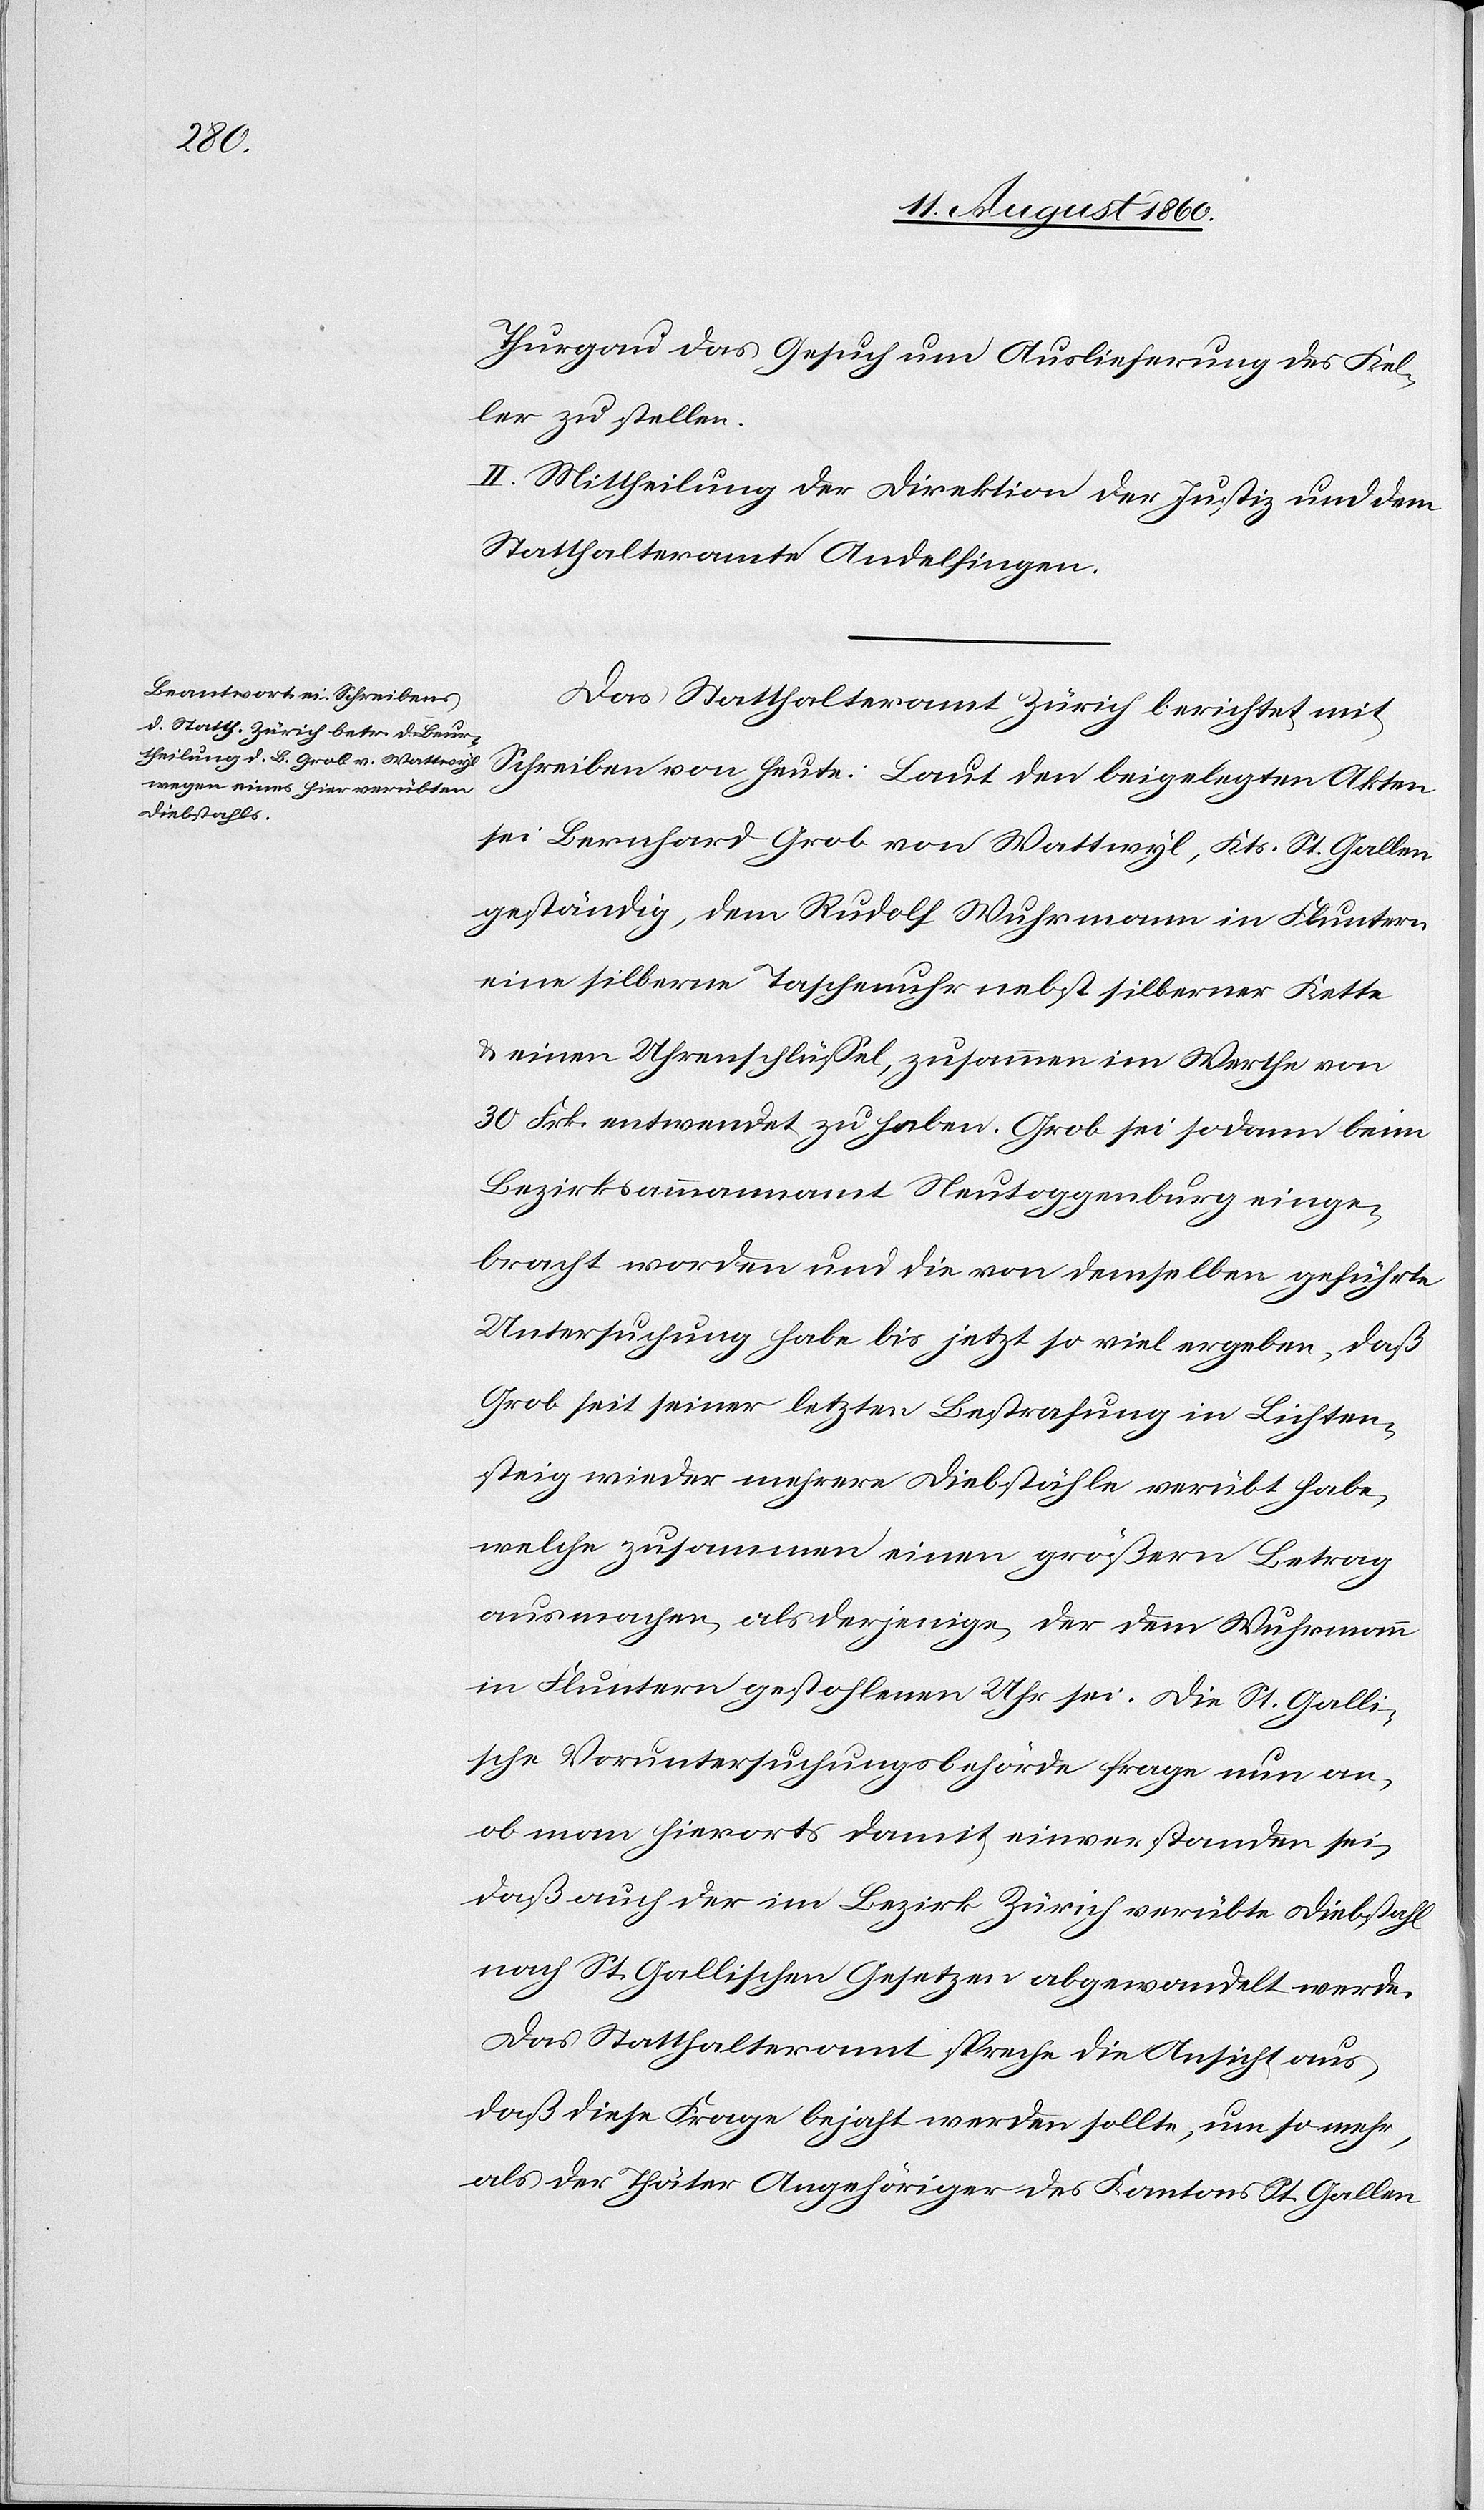
Thurgau das Gesuch um Auslieferung des Kel¬
ler zu stellen.
II. Mittheilung der Direktion der Justiz und dem
Statthalteramte Andelfingen.
Das Statthalteramt Zürich berichtet mit
Schreiben von heute: Laut den beigelegten Akten
sei Bernhard Grob von Wattwyl, Kanton St. Gallen
geständig, dem Rudolf Wuhrmann in Fluntern
eine silberne Taschenuhr nebst silberner Kette
30 fcs. entwendet zu haben. Grob sei sodann beim
Bezirksammannamt Neutoggenburg einge¬
bracht worden und die von demselben geführte
Untersuchung habe bis jetzt so viel ergeben, dass
Grob seit seiner letzten Bestrafung im Lichten¬
steig wieder mehrere Diebstähle verübt habe,
welche zusammen einen größern Betrag
ausmachen, als derjenige, der dem Wuhrmanne
in Fluntern gestohlenen Uhr sei. Die St. Galli¬
sche Voruntersuchungsbehörde frage nun an,
ob man hierorts damit einverstanden sei,
dass auch der im Bezirk Zürich verübte Diebstal
nach St. Gallischen Gesetzen abgewandelt werde.
Das Statthalteramt spreche die Ansicht aus,
dass diese Frage bejaht werden sollte, um so mehr,
als der Thäter Angehöriger des Kantons St. Gallen